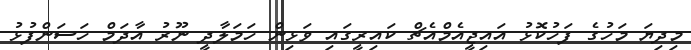
މިދިޔަ މަހުގެ ފަހުކޮޅު އައިޖީއެމްއެޗް ކައިރީގައި ވަޅިން ހަމަލާދީ ނޫރު އާދަމް ހަސަންފުޅު